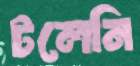
টলেনি